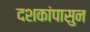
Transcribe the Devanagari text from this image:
दशकांपासुन